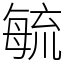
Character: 毓